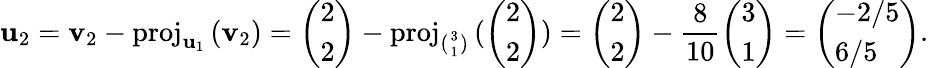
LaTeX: \mathbf{u}_{2}=\mathbf{v}_{2}-\mathrm{proj}_{\mathbf{u}_{1}}\, (\mathbf{v}_{2})={\left(\begin{array}{l}{2}\\ {2}\end{array}\right)}-\mathrm{proj}_{({3\atop 1})}\, ({{\left(\begin{array}{l}{2}\\ {2}\end{array}\right)})}={\left(\begin{array}{l}{2}\\ {2}\end{array}\right)}-{\frac{8}{10}}{\left(\begin{array}{l}{3}\\ {1}\end{array}\right)}={\left(\begin{array}{l}{-2/5}\\ {6/5}\end{array}\right)}.